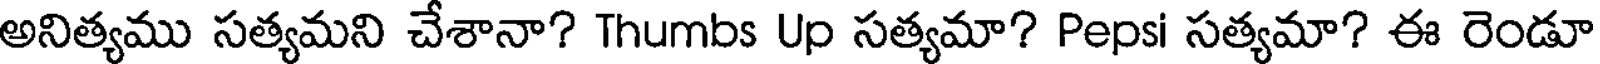
అనిత్యము సత్యమని చేశానా? Thumbs Up సత్యమా? Pepsi సత్యమా? ఈ రెండూ